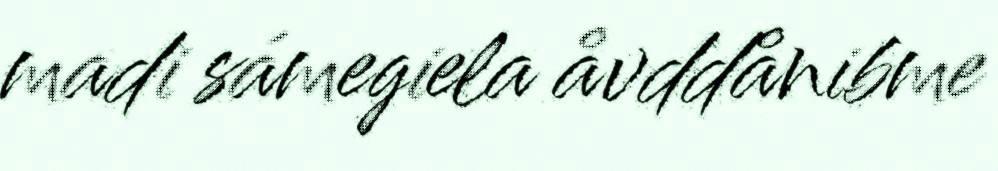
madi sámegiela åvddånibme